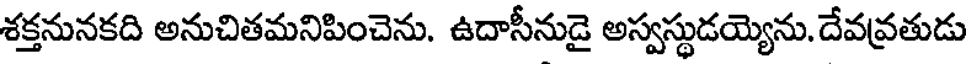
శక్తనునకది అనుచితమనిపించెను. ఉదాసీనుడై అస్వస్థుడయ్యెను. దేవవ్రతుడు